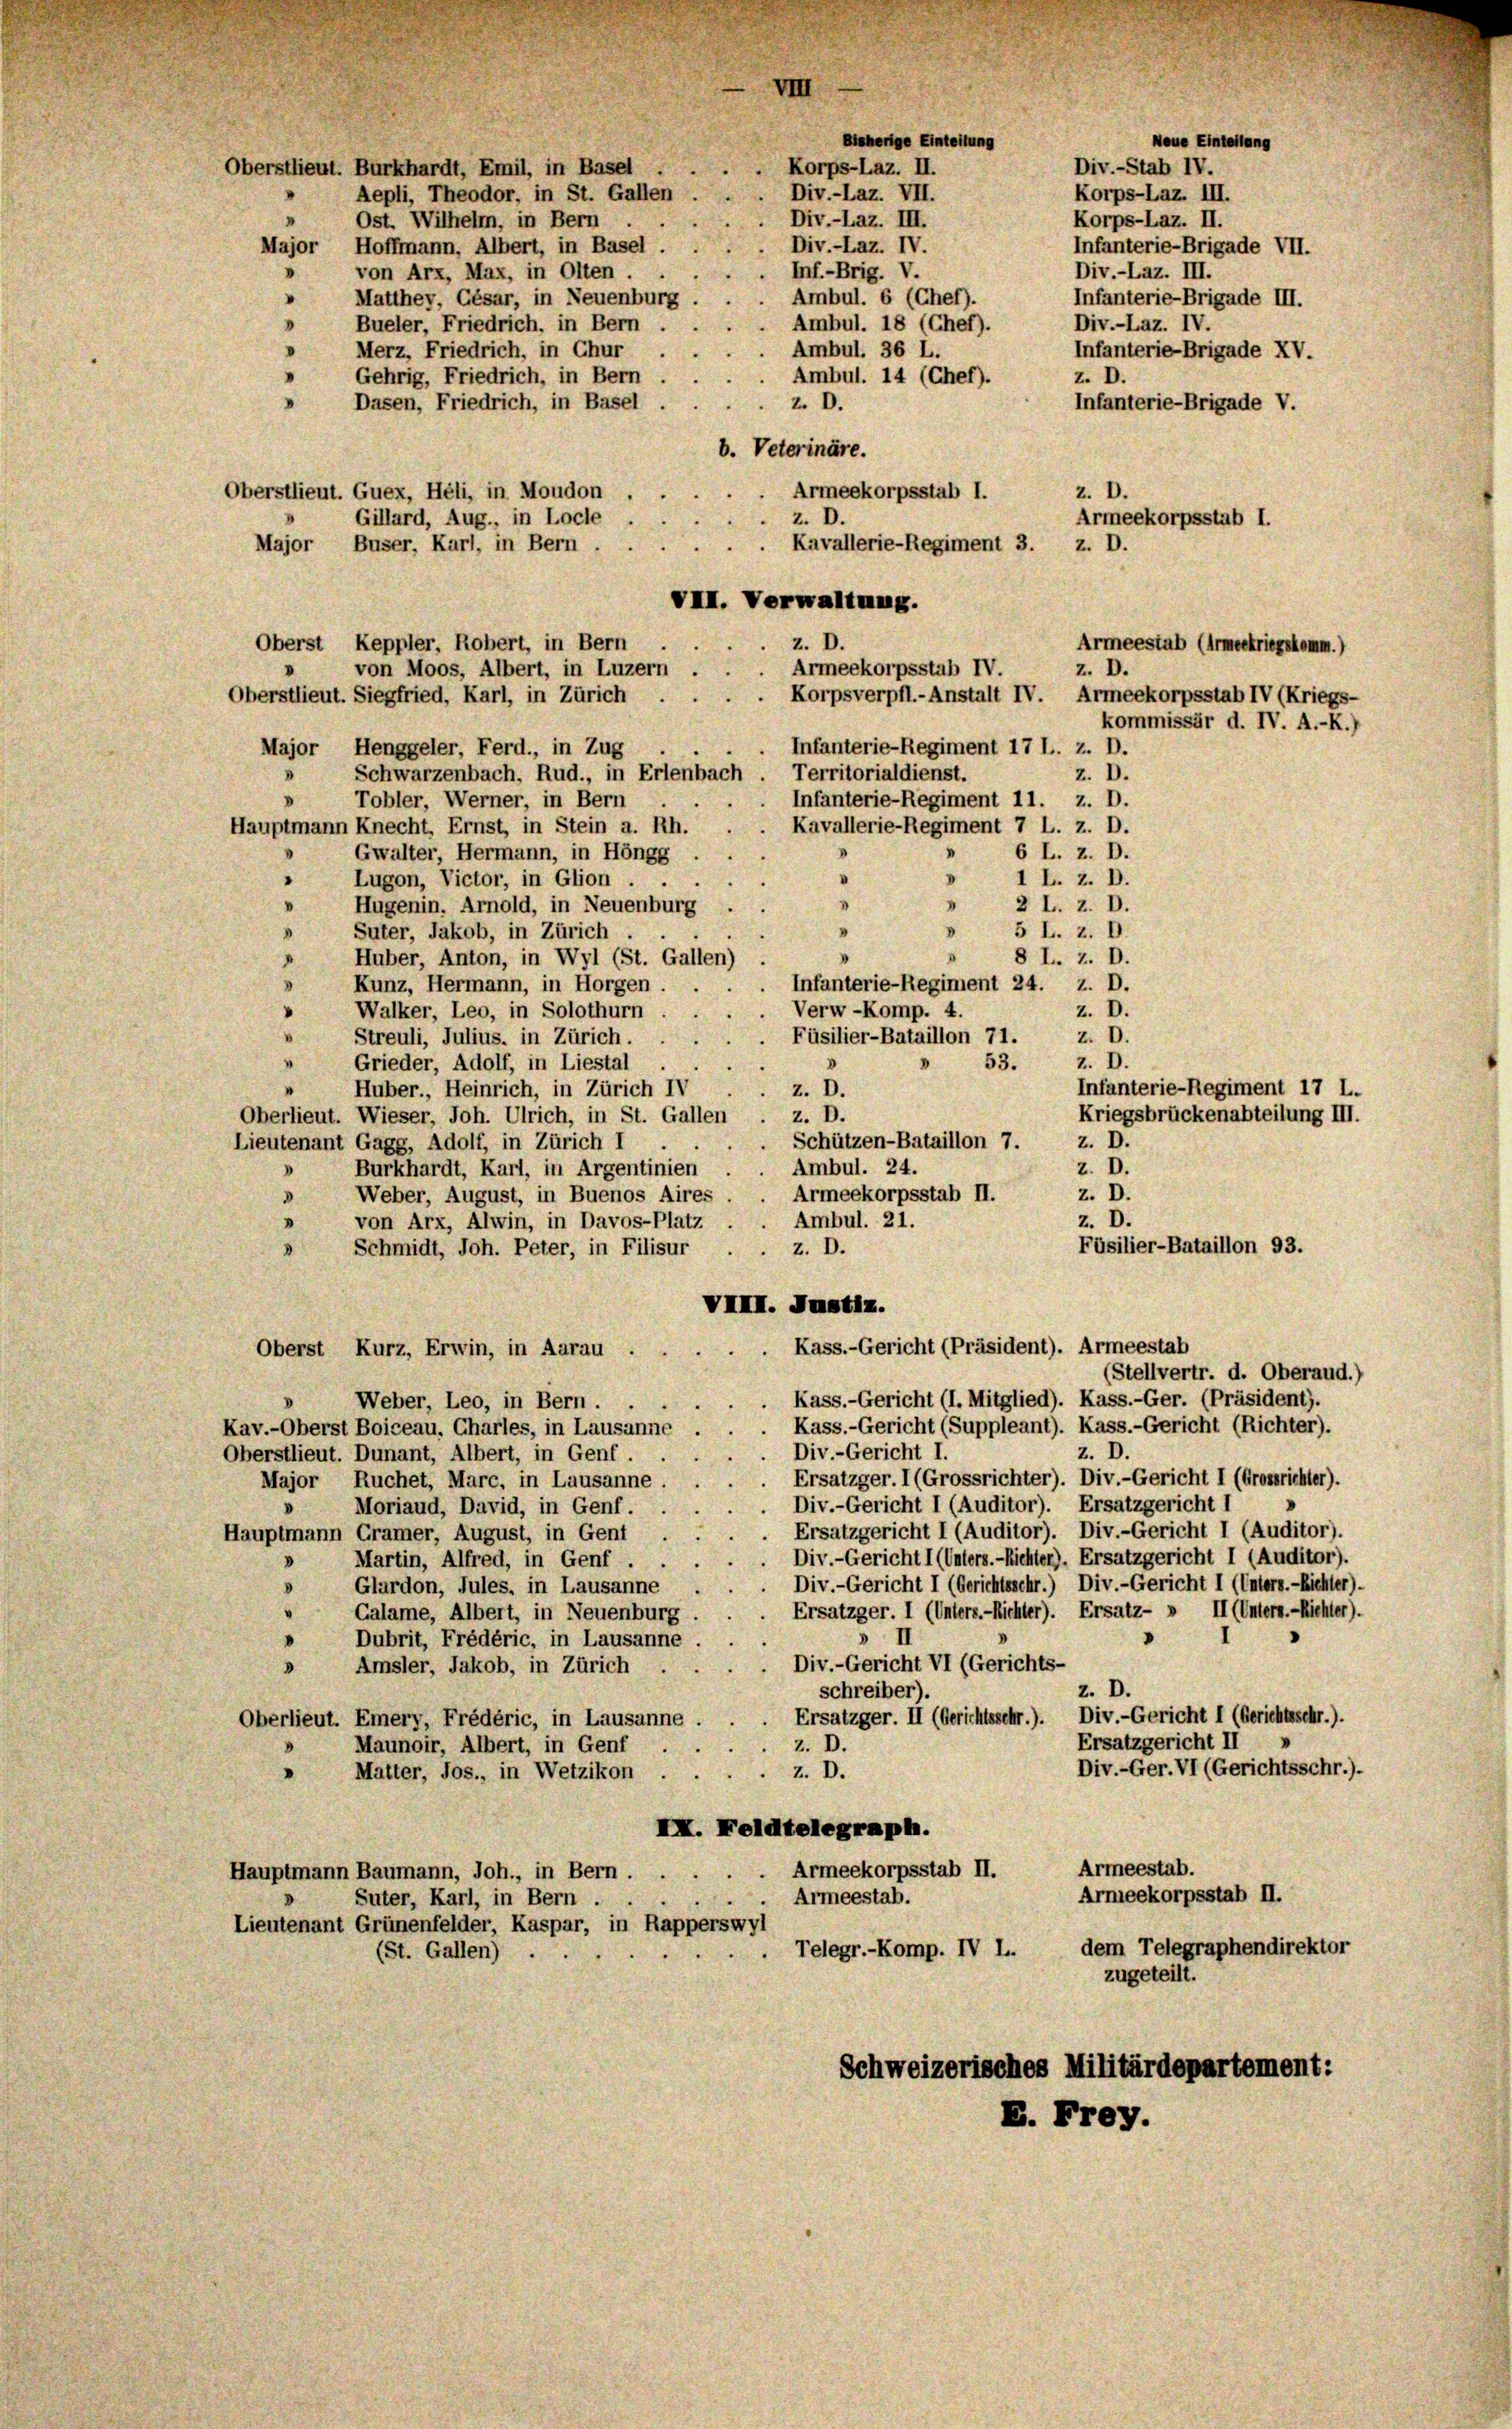
Bieherige Einteilung
Korps-Laz. II.
Oberstlieut. Burkhardt, Emil, in Basel,

Oberst Keppler, Robert, in Bern
von Moos, Albert, in Luzern

Neue Einteilung
Div.-Stab IV.
Korps-Laz. III.
Korps-Laz. II.
Infanterie-Brigade VII.
Div.-Laz. III.
Infanterie-Brigade III.
Div.-Laz. IV.
Infanterie-Brigade XV.
z. D.
Infanterie-Brigade V.

z. D.
Armeekorpsstab I.
Armeestab (Armeekriegskomm.)
z. D.
kommissär d. IV. A.-K.)

Div.-Laz. VII.
Aepli, Theodor, in St. Gallen
n
Div.-Laz. III.
Ost. Wilhelm, in Bern . .
Div.-Laz. IV.
Major Hoffmann, Albert, in Basel.
Inf.-Brig. V.
"
von Arx, Max, in Olten.
Ambul. 6 (Cher).
» Matthey, Gésar, in Neuenburg
"
Bueler, Friedrich, in Bern
Ambul. 18 (Chef).
Ambul. 36 L.
» Merz, Friedrich, in Chur
Ambul. 14 (Chef).
Gehrig, Friedrich, in Bern
z. D.
Dasen, Friedrich, in Basel
b. Veterinäre.
Oberstlieut. Guex, Heli, in Moudon
Armeekorpsstab 1.
z. D.
Gillard, Aug., in Loche
Kavallerie-Regiment 3. z. D.
Major Buser, Karl, in Bern . .
VIII. Verwaltung.
z. D.
Armeekorpsstab IV.
Korpsverpfl.-Anstalt IV. Armeekorpsstab IV (Kriegs-
Oberstlieut. Siegfried, Karl, in Zürich
Infanterie-Regiment 17 l. z. D.
Major Henggeler, Ferd., in Zug
Territorialdienst.
z. D.
I
Schwarzenbach, Rud., in Erlenbach
Infanterie-Regiment 11. z. D.
» Tobler, Werner, in Bern
Kavallerie-Regiment 7 L. z. D.
Hauptmann Knecht, Ernst, in Stein a. Rh.
n
6 L. z. D.
Gwalter, Hermann, in Höngg
.
"
D
Lugon, Victor, in Glion .
1 L. z. D.
V
Hugenin, Arnold, in Neuenburg
2 L. Z. D.
5 L. z. D.
D
Suter, Jakob, in Zürich.
.
.
8 L. Z. D.
Huber, Anton, in Wyl (St. Gallen)
.
Infanterie-Regiment 24. z. D.
.
Kunz, Hermann, in Horgen
Verw-Komp. 4.
z. D.
"
Walker, Leo, in Solothurn
Füsilier-Bataillon 71.
z. D.
Streuli, Julius, in Zürich.
z. D.
53.
Grieder, Adolf, in Liestal.
z. D.
Huber., Heinrich, in Zürich IV
z. D.
Oberlieut. Wieser, Joh. Ulrich, in St. Gallen
z. D.
Schützen-Bataillon 7.
Lieutenant Gagg, Adolf, in Zürich I
z. D.
Ambul. 24.
Burkhardt, Karl, in Argentinien
Armeekorpsstab II.
z. D.
Weber, August, in Buenos Aires
.
z. D.
Ambul. 21.
von Arx, Alwin, in Davos-Platz
n
Füsilier-Bataillon 93.
z. D.
Schmidt, Joh. Peter, in Filisur.
VIII. Justiz.
Kass.-Gericht (Präsident). Armeestab
Oberst Kurz, Erwin, in Aarau .
(Stellvertr. d. Oberaud.)
. Kass.-Gericht (I. Mitglied). Kass.-Ger. (Präsident).
Weber, Leo, in Bern
Kass.-Gericht (Suppleant). Kass.-Gericht (Richter).
Kav.-Oberst Boiceau, Charles, in Lausanne
Div.-Gericht I.
z. D.
Oberstlieut. Dunant, Albert, in Genf
 Ersatzger. I (Grossrichter). Div.-Gericht I (Grossrichter).
Major Ruchet, Marc, in Lausanne
Div.-Gericht I (Auditor). Ersatzgericht I
Moriaud, David, in Genf.
Ersatzgericht I (Auditor). Div.-Gericht I (Auditor).
Hauptmann Gramer, August, in Gent
Div.-Gericht I (Unters.-Richter). Ersatzgericht I (Auditor).
Martin, Alfred, in Genf . .
Div.-Gericht I (Gerichtsschr.) Div.-Gericht I (Unters.-Richter).
d
Glardon, Jules, in Lausanne
Ersatzger. I (Unters.-Richter). Ersatz- » II (Unters.-Richter).
Calame, Albert, in Neuenburg
Dubrit, Frédéric, in Lausanne
Div.-Gericht VI (Gerichts-
Amsler, Jakob, in Zürich .
d
z. D.
schreiber).
Ersatzger. II (Gerichtsschr.). Div.-Gericht I (Gerichtsschr.).
Oberlieut. Emery, Frédéric, in Lausanne.
Ersatzgericht II
z. D.
Maunoir, Albert, in Genf ..
Div.-Ger. VI (Gerichtsschr.).
z. D.
Matter, Jos., in Wetzikon . .
IX. Feldtelegraph.
Armeestab.
Armeekorpsstab II.
Hauptmann Baumann, Joh., in Bern . . .
Armeekorpsstab II.
Armeestab.
Suter, Karl, in Bern .
Lieutenant Grünenfelder, Kaspar, in Rapperswyl
dem Telegraphendirektor
Telegr.-Komp. IV L.
(St. Gallen)
zugeteilt.
Schweizerisches Militärdepartement:
E. Frey.

Infanterie-Regiment 17 L.
Kriegsbrückenabteilung III.